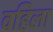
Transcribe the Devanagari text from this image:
वहिला